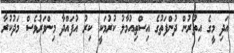
އަދި މީގެ އިތުރުން ދުންފަތުގެ އިސްތިއުމާލު ކުރުމަކީ ކިރު އުފައްދާ މިންވަރުވެސް މަދުކުރާ